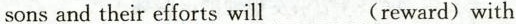
sons and their efforts will___(reward) with